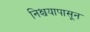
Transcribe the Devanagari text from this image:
निश्चयापासून